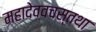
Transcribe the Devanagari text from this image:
महादेववचस्तथा